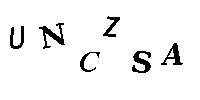
UNCZSA